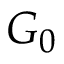
G _ { 0 }